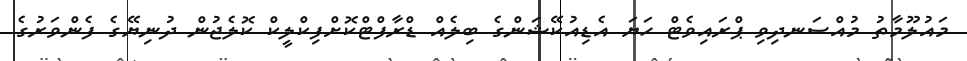
މައުލޫމާތު މުއްސަނދިވި ޕްރައިވެޓް ހަޔަ އެޑިއުކޭޝަންގެ ބިލެއް ޑްރާފްޓްކޮށްފިކްލީކް ކޮލެޖުން ދުނިޔޭގެ ފެންވަރުގެ